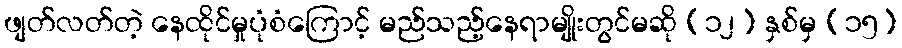
ဖျတ်လတ်တဲ့ နေထိုင်မှုပုံစံကြောင့် မည်သည့်နေရာမျိုးတွင်မဆို (၁၂) နှစ်မှ (၁၅)